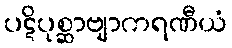
ပဋိပုစ္ဆာဗျာကရဏီယံ